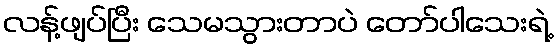
လန့်ဖျပ်ပြီး သေမသွားတာပဲ တော်ပါသေးရဲ့